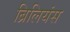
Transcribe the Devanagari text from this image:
ब्रिलियंस